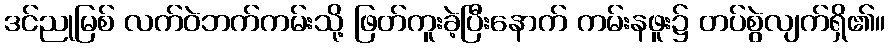
ဒင်ညုမြစ် လက်ဝဲဘက်ကမ်းသို့ ဖြတ်ကူးခဲ့ပြီးနောက် ကမ်းနဖူး၌ တပ်စွဲလျက်ရှိ၏။